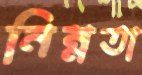
নিম্নতা